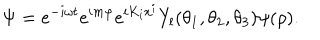
LaTeX: \Psi = e ^ { - i \omega t } e ^ { i m \varphi } e ^ { i K _ { i } x ^ { i } } Y _ { l } ( \theta _ { 1 } , \theta _ { 2 } , \theta _ { 3 } ) \psi ( \rho ) .